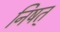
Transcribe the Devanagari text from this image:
निषत्